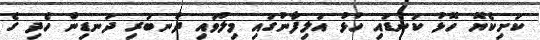
ކަށިކެޔޮ ހޮޅު ކަނޑައި ހުޅު އަލިފާނުގައި މިލުވައި ދުނބުރި ދަނޑިން ހެދި ގެ